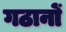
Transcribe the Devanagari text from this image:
गठानों